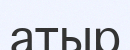
атыр